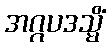
အဂ္ဂပဒသ္မိံ